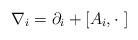
LaTeX: \begin{align*}\nabla_i = \partial_i + \left[A_i , \cdot\ \right]\end{align*}